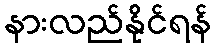
နားလည်နိုင်ရန်